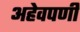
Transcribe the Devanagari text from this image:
अहेवपणी